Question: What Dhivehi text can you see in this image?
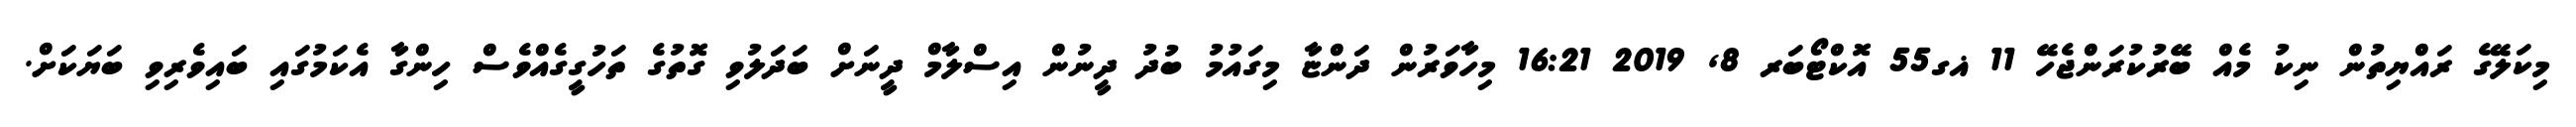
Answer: މިކަލޭގެ ރައްޔިތުން ނިކު މެއް ބޭރުކުރަންޖެހޭ 11 ޣގ55 އޮކްޓޯބަރ 8, 2019 16:21 މިހާވަރުން ދަންޏާ މިގައުމު ބުދު ދީނުން އިސްލާމް ދީނަށް ބަދަލުވި ގޮތުގެ ތަހުގީގެއްވެސް ހިންގާ އެކަމުގައި ބައިވެރިވި ބަޔަކަށް.